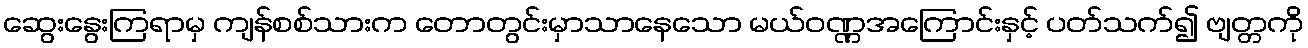
ဆွေးနွေးကြရာမှ ကျန်စစ်သားက တောတွင်းမှာသာနေသော မယ်ဝဏ္ဏအကြောင်းနှင့် ပတ်သက်၍ ဗျတ္တကို